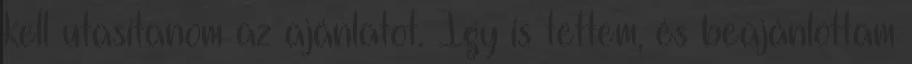
kell utasítanom az ajánlatot. Így is tettem, és beajánlottam